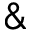
\&